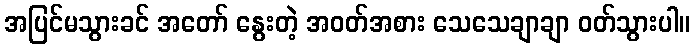
အပြင်မသွားခင် အတော် နွေးတဲ့ အဝတ်အစား သေသေချာချာ ဝတ်သွားပါ။